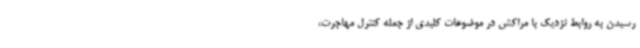
رسیدن به روابط نزدیک با مراکش در موضوعات کلیدی از جمله کنترل مهاجرت،